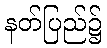
နတ်ပြည်၌